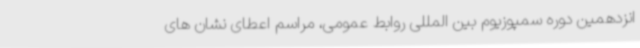
انزدهمین دوره سمپوزیوم بین المللی روابط عمومی، مراسم اعطای نشان‌ های